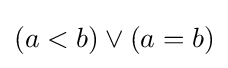
(a<b)\lor (a=b)